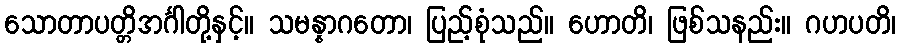
သောတာပတ္တိအင်္ဂါတို့နှင့်။ သမန္နာဂတော၊ ပြည့်စုံသည်။ ဟောတိ၊ ဖြစ်သနည်း။ ဂဟပတိ၊